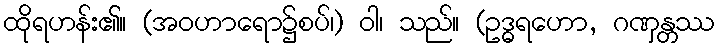
ထိုရဟန်း၏။ (အဝဟာရော၌စပ်၊) ဝါ၊ သည်။ (ဥဒ္ဓရဟော, ဂဏှန္တဿ